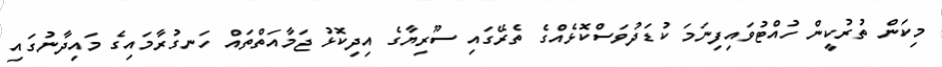
މިކަން ތުރުކީން ހުއްޓުވައިފިނަމަ ކުޑަދުވަސްކޮޅެއްގެ ތެރޭގައި ސޫރިޔާގެ އިދިކޮޅު ޖަމާއަތްތައް ހަނގުރާމައިގެ މައިދާނުގައި